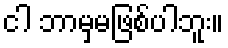
ငါ ဘာမှမဖြစ်ပါဘူး။